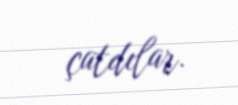
çatdılar.